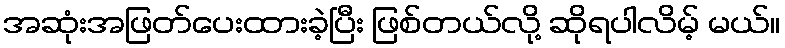
အဆုံးအဖြတ်ပေးထားခဲ့ပြီး ဖြစ်တယ်လို့ ဆိုရပါလိမ့် မယ်။